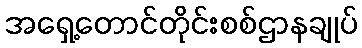
အရှေ့တောင်တိုင်းစစ်ဌာနချုပ်